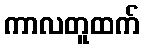
ကာလတူထက်